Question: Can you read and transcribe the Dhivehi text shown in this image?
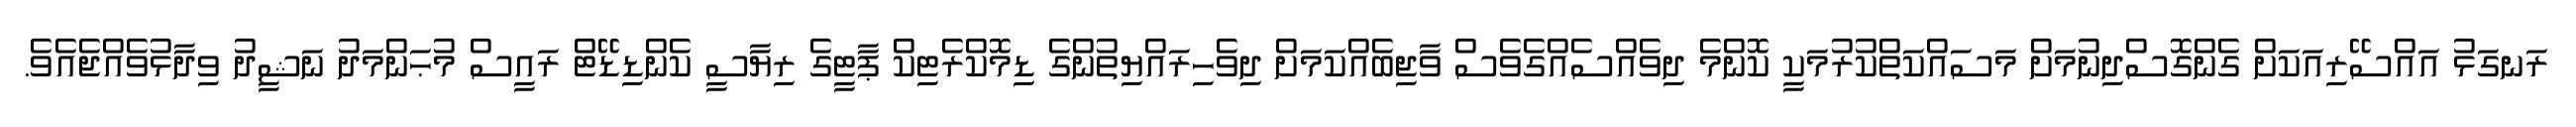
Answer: ރަނގަޅު އައްސޭރިއަކަށް ގެންގޮސްދިނުމަށް މަސައްކަތްކުރުމަކީ ކޮންމެ ދިވެއްސެއްގެވެސް ވާޖިބެއްކަމަށް ދިވެހިރައްޔިތުންގެ ޑިމޮކްރެޓިކް ޕާޓީގެ ރިޔާސީ ކެންޑިޑޭޓް ރައީސް މުޙަންމަދު ނަޝީދު ވިދާޅުވެއްޖެއެވެ.